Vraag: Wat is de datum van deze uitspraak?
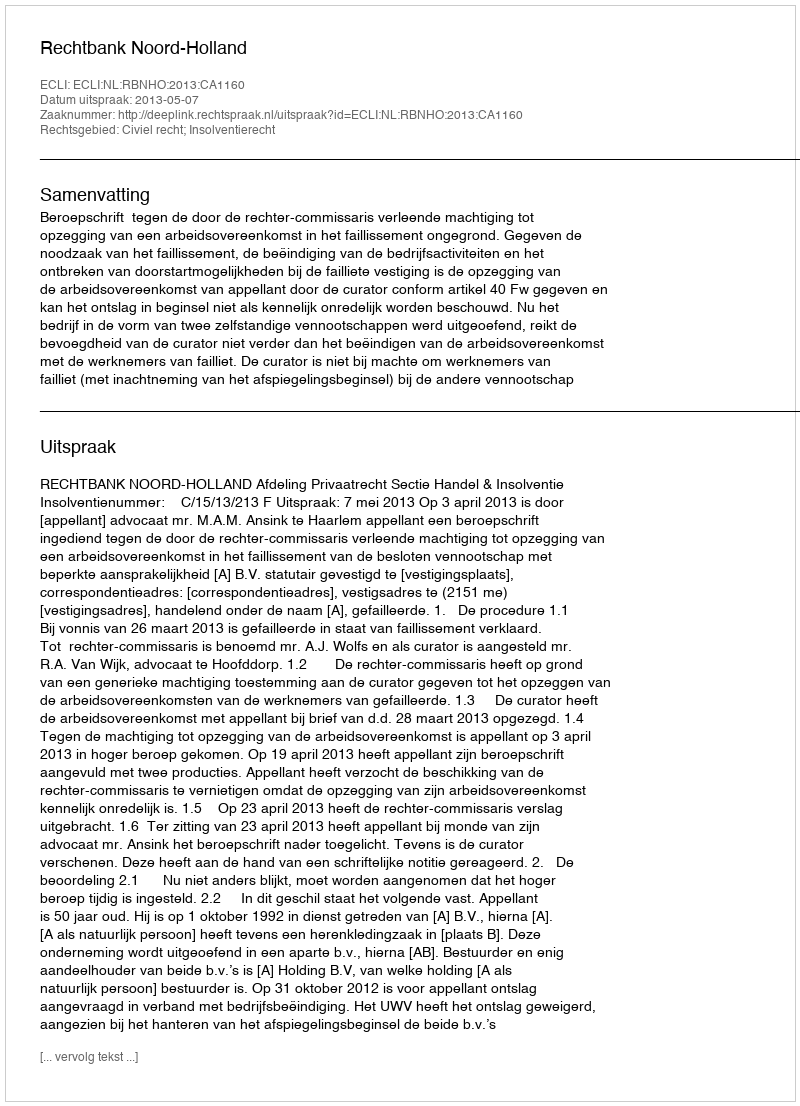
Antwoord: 2013-05-07